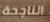
الناجحة